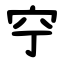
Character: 䆑